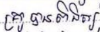
គ្រូបានពិនិត្យ